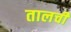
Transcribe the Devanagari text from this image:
तालची